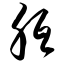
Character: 胝